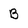
Character: B